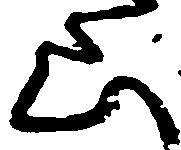
山